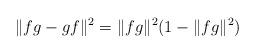
LaTeX: \begin{align*}\|fg - gf\|^2 = \|fg\|^2(1-\|fg\|^2)\end{align*}